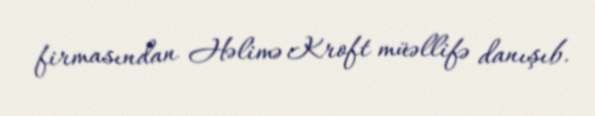
firmasından Həlimə Kroft müəllifə danışıb.